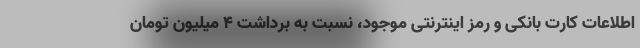
اطلاعات کارت بانکی و رمز اینترنتی موجود، نسبت به برداشت ۴ میلیون تومان